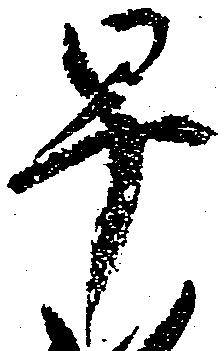
早